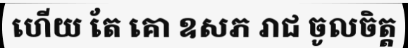
ហើយ តែ គោ ឧសភ រាជ ចូលចិត្ត